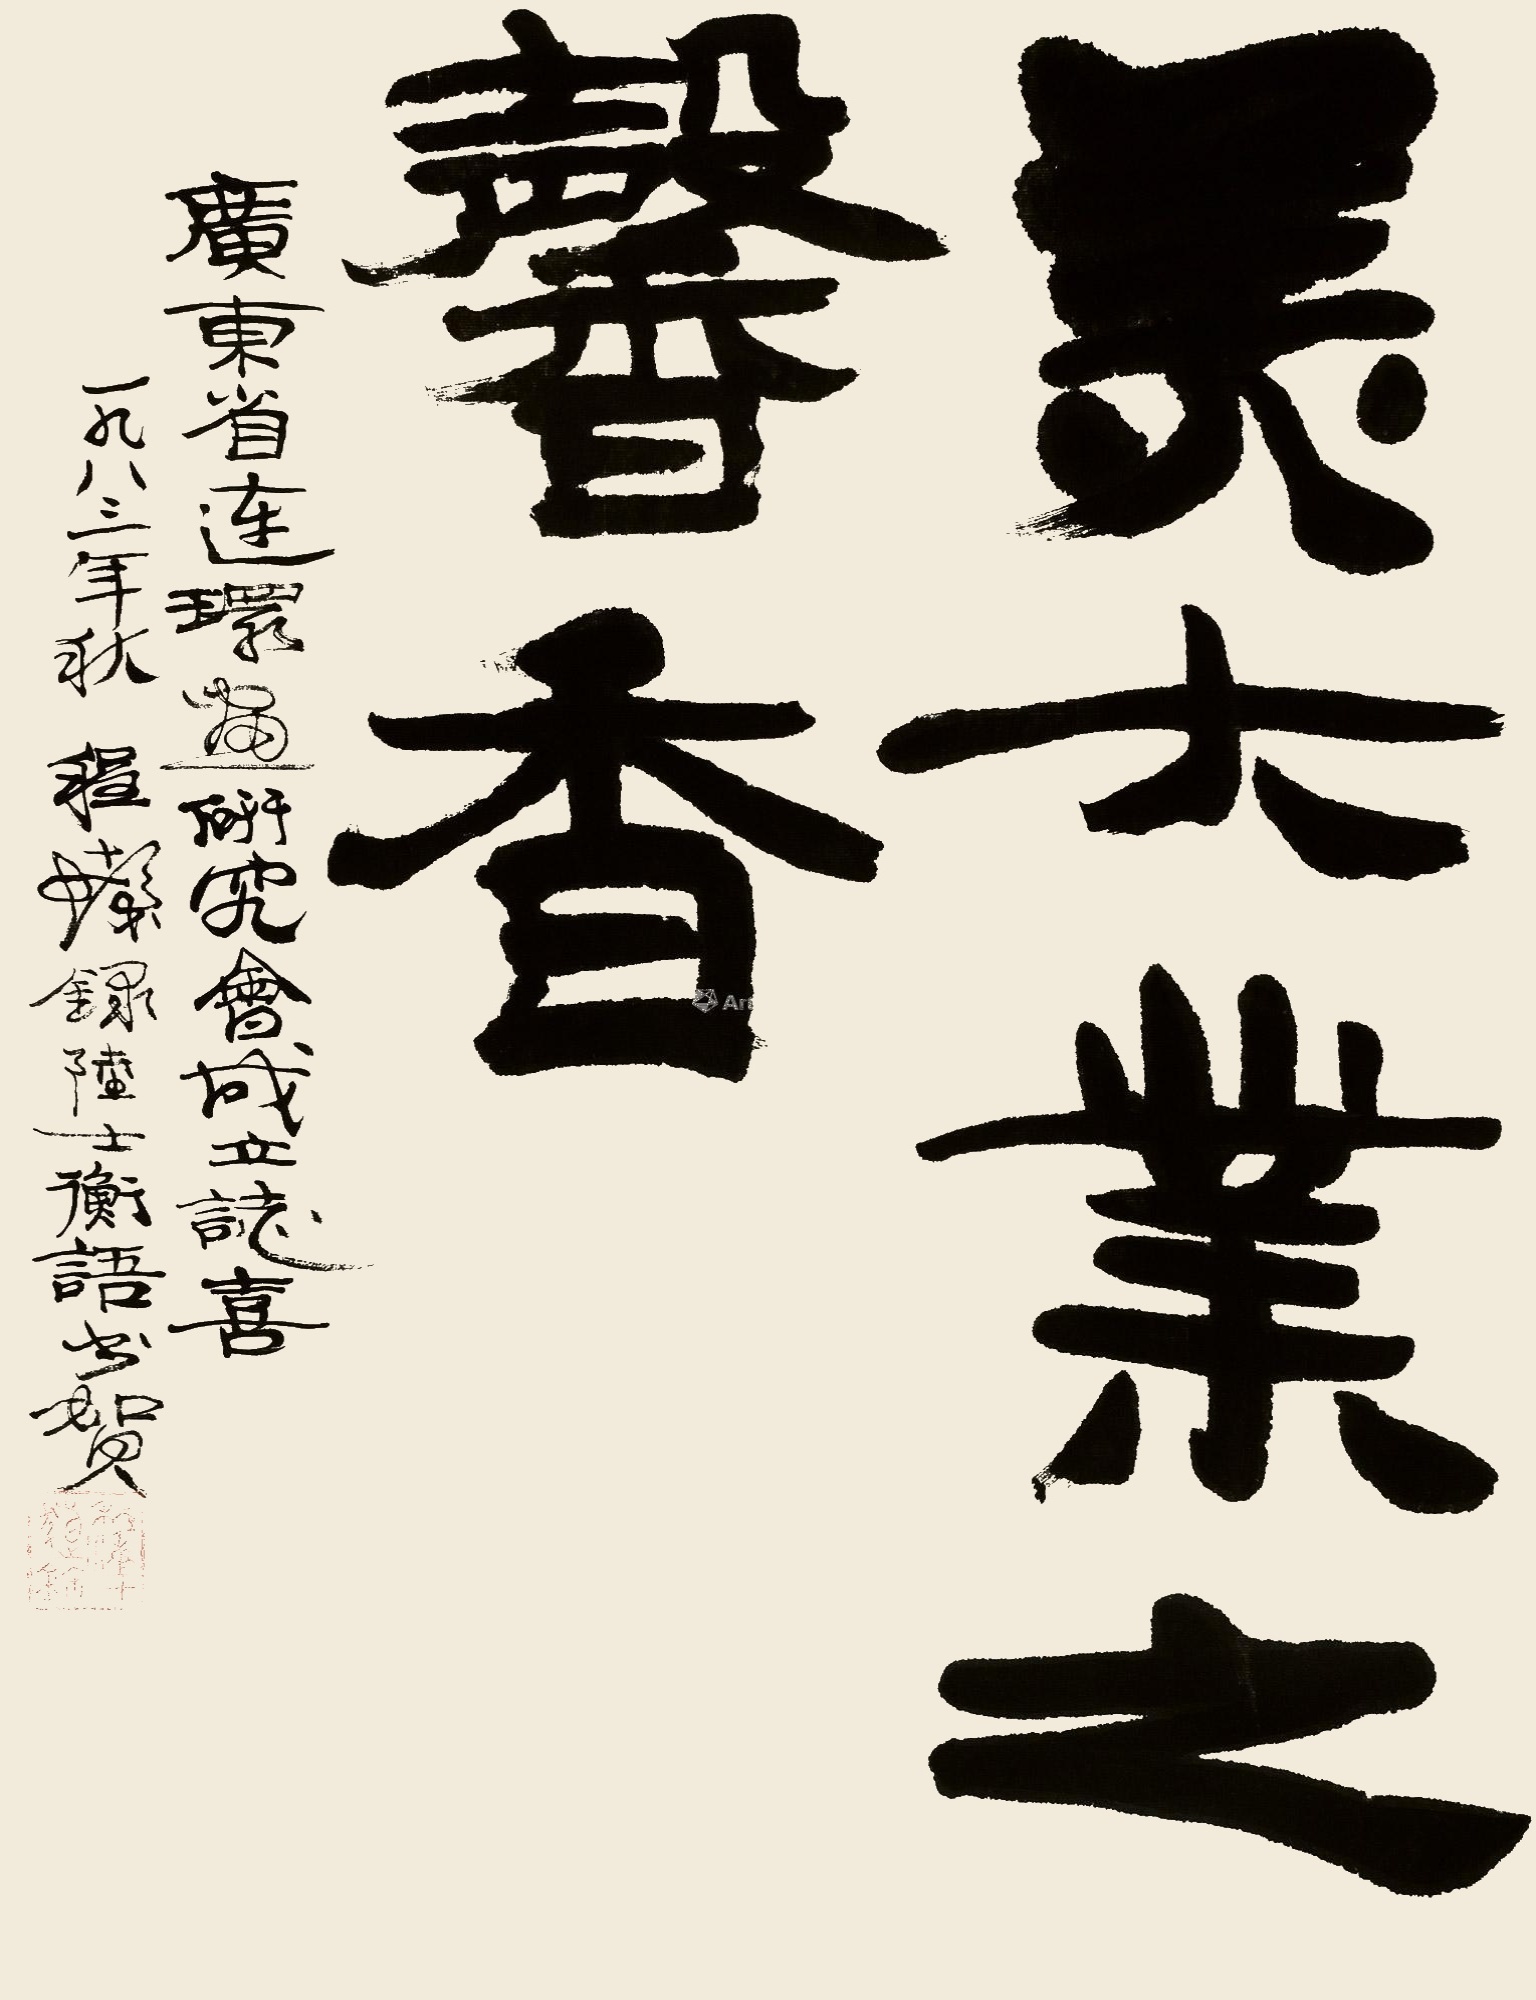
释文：美大业之馨香。广东省连环画研究会成立志喜，一九八三年秋，程十发录陆士衡语书贺。